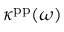
\kappa ^ { \mathrm { p p } } ( \omega )